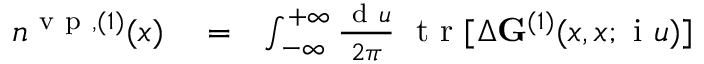
\begin{array} { r l r } { n ^ { \mathrm { ~ v ~ p ~ } , ( 1 ) } ( x ) } & { { } = } & { \int _ { - \infty } ^ { + \infty } \frac { \ensuremath { \mathrm { ~ d ~ } } u } { 2 \pi } \; \mathrm { ~ t ~ r ~ } [ \Delta \ensuremath { \mathbf { G } } ^ { ( 1 ) } ( x , x ; \ensuremath { \mathrm { ~ i ~ } } u ) ] } \end{array}